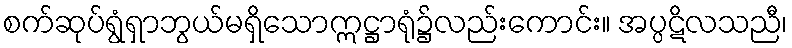
စက်ဆုပ်ရွံရှာဘွယ်မရှိသောဣဋ္ဌာရုံ၌လည်းကောင်း။ အပ္ပဋိလသညီ၊